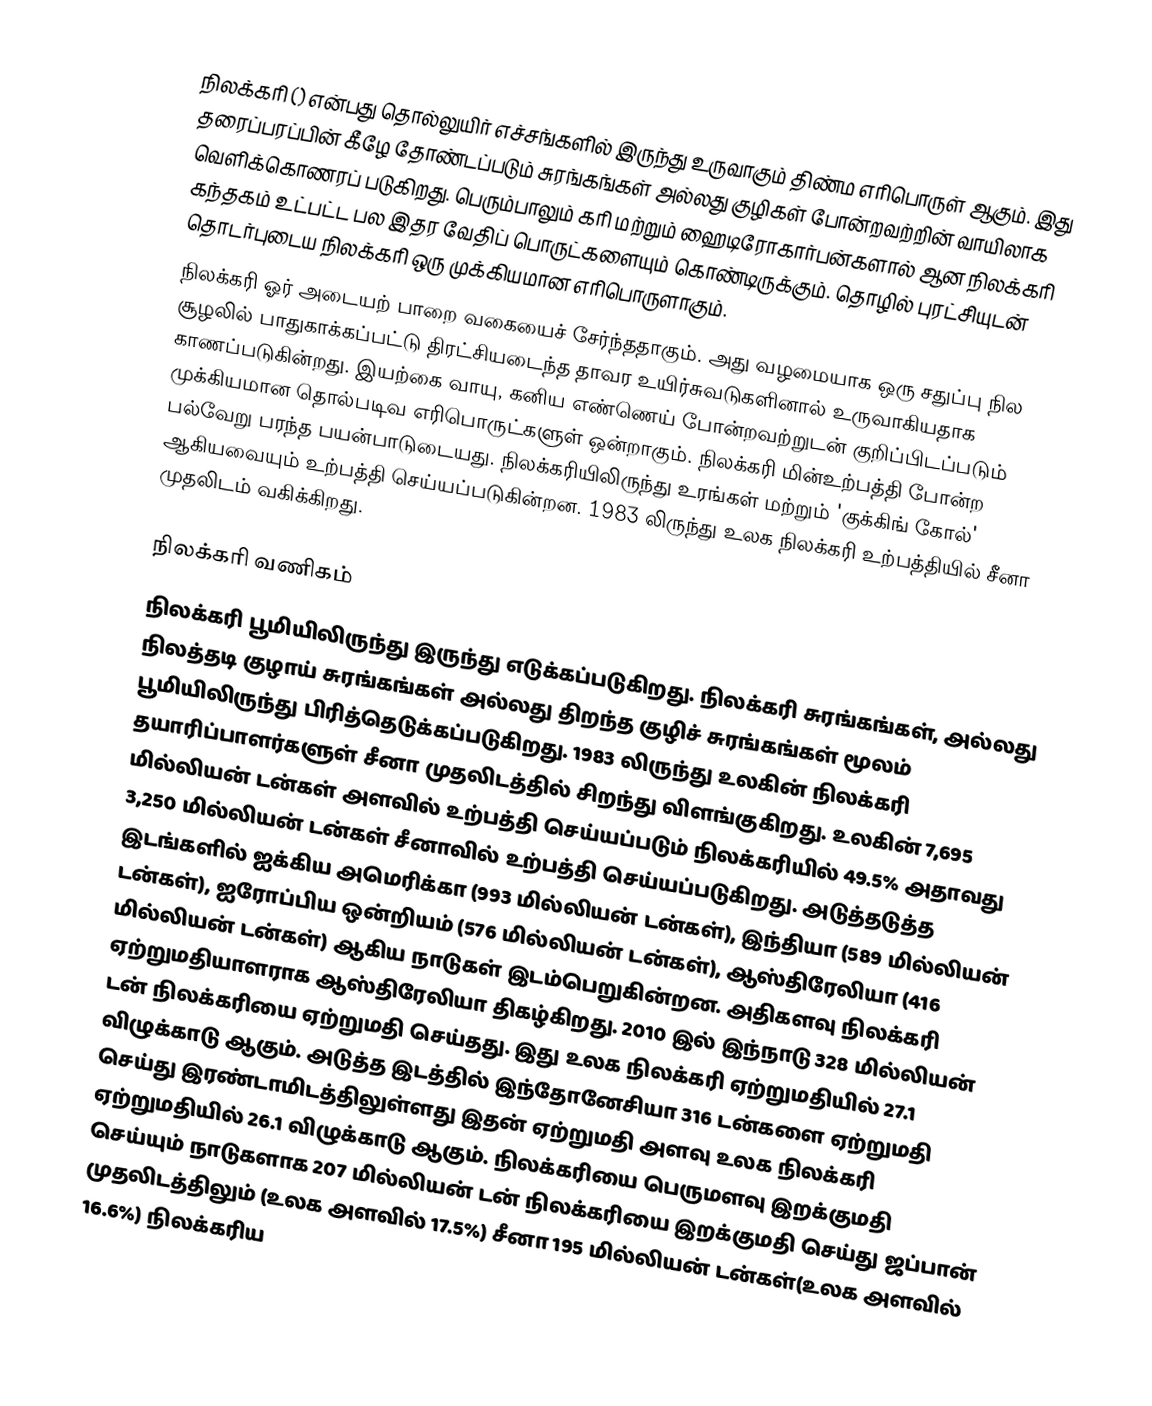
நிலக்கரி () என்பது தொல்லுயிர் எச்சங்களில் இருந்து உருவாகும் திண்ம எரிபொருள் ஆகும். இது தரைப்பரப்பின் கீழே தோண்டப்படும் சுரங்கங்கள் அல்லது குழிகள் போன்றவற்றின் வாயிலாக வெளிக்கொணரப் படுகிறது. பெரும்பாலும் கரி மற்றும் ஹைடிரோகார்பன்களால் ஆன நிலக்கரி கந்தகம் உட்பட்ட பல இதர வேதிப் பொருட்களையும் கொண்டிருக்கும். தொழில் புரட்சியுடன் தொடர்புடைய நிலக்கரி ஒரு முக்கியமான எரிபொருளாகும்.
நிலக்கரி ஓர் அடையற் பாறை வகையைச் சேர்ந்ததாகும். அது வழமையாக ஒரு சதுப்பு நில சூழலில் பாதுகாக்கப்பட்டு திரட்சியடைந்த தாவர உயிர்சுவடுகளினால் உருவாகியதாக காணப்படுகின்றது. இயற்கை வாயு, கனிய எண்ணெய் போன்றவற்றுடன் குறிப்பிடப்படும் முக்கியமான தொல்படிவ எரிபொருட்களுள் ஒன்றாகும். நிலக்கரி மின்உற்பத்தி போன்ற பல்வேறு பரந்த பயன்பாடுடையது. நிலக்கரியிலிருந்து உரங்கள் மற்றும் 'குக்கிங் கோல்' ஆகியவையும் உற்பத்தி செய்யப்படுகின்றன. 1983 லிருந்து உலக நிலக்கரி உற்பத்தியில் சீனா முதலிடம் வகிக்கிறது.

நிலக்கரி வணிகம்
நிலக்கரி பூமியிலிருந்து இருந்து எடுக்கப்படுகிறது. நிலக்கரி சுரங்கங்கள், அல்லது நிலத்தடி குழாய் சுரங்கங்கள் அல்லது திறந்த குழிச் சுரங்கங்கள் மூலம் பூமியிலிருந்து பிரித்தெடுக்கப்படுகிறது. 1983 லிருந்து உலகின் நிலக்கரி தயாரிப்பாளர்களுள் சீனா முதலிடத்தில் சிறந்து விளங்குகிறது. உலகின் 7,695 மில்லியன் டன்கள் அளவில் உற்பத்தி செய்யப்படும் நிலக்கரியில் 49.5% அதாவது 3,250 மில்லியன் டன்கள் சீனாவில் உற்பத்தி செய்யப்படுகிறது. அடுத்தடுத்த இடங்களில் ஐக்கிய அமெரிக்கா (993 மில்லியன் டன்கள்), இந்தியா (589 மில்லியன் டன்கள்), ஐரோப்பிய ஒன்றியம் (576 மில்லியன் டன்கள்), ஆஸ்திரேலியா (416 மில்லியன் டன்கள்) ஆகிய நாடுகள் இடம்பெறுகின்றன. அதிகளவு நிலக்கரி ஏற்றுமதியாளராக ஆஸ்திரேலியா திகழ்கிறது. 2010 இல் இந்நாடு 328 மில்லியன் டன் நிலக்கரியை ஏற்றுமதி செய்தது. இது உலக நிலக்கரி ஏற்றுமதியில் 27.1 விழுக்காடு ஆகும். அடுத்த இடத்தில் இந்தோனேசியா 316 டன்களை ஏற்றுமதி செய்து இரண்டாமிடத்திலுள்ளது இதன் ஏற்றுமதி அளவு உலக நிலக்கரி ஏற்றுமதியில் 26.1 விழுக்காடு ஆகும். நிலக்கரியை பெருமளவு இறக்குமதி செய்யும் நாடுகளாக 207 மில்லியன் டன் நிலக்கரியை இறக்குமதி செய்து ஜப்பான் முதலிடத்திலும் (உலக அளவில் 17.5%) சீனா 195 மில்லியன் டன்கள்(உலக அளவில் 16.6%) நிலக்கரிய